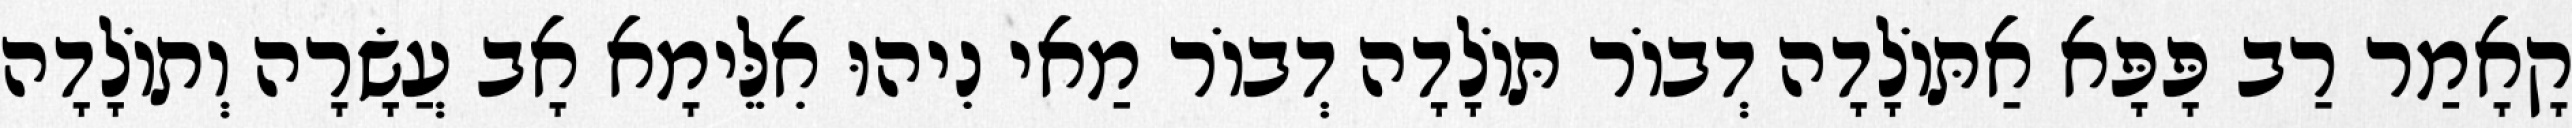
קָאָמַר רַב פָּפָּא אַתּוֹלָדָה דְבוֹר תּוֹלָדָה דְבוֹר מַאי נִיהוּ אִלֵּימָא אָב עֲשָׂרָה וְתוֹלָדָה